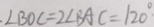
\angle B O C = 2 \angle B A C = 1 2 0 ^ { \circ }